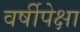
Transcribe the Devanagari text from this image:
वर्षीपेक्षा